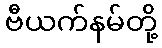
ဗီယက်နမ်တို့